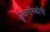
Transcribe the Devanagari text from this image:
फ्लूअरॉस्कोपी